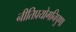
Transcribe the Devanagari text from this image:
नीतिप्रयोगनिपुणा